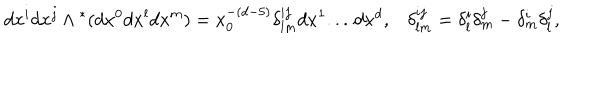
d x ^ { i } d x ^ { j } \wedge { } ^ { * } ( d x ^ { 0 } d x ^ { l } d x ^ { m } ) = x _ { 0 } ^ { - ( d - 5 ) } \delta _ { l m } ^ { i j } d x ^ { 1 } . . . \, d x ^ { d } , \delta _ { l m } ^ { i j } = \delta _ { l } ^ { i } \delta _ { m } ^ { j } - \delta _ { m } ^ { i } \delta _ { l } ^ { j } ,